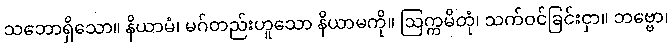
သဘောရှိသော။ နိယာမံ၊ မဂ်တည်းဟူသော နိယာမကို။ ဩက္ကမိတုံ၊ သက်ဝင်ခြင်းငှာ။ ဘဗ္ဗော၊